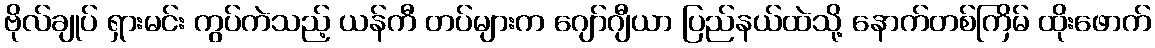
ဗိုလ်ချုပ် ရှားမင်း ကွပ်ကဲသည့် ယန်ကီ တပ်များက ဂျော်ဂျီယာ ပြည်နယ်ထဲသို့ နောက်တစ်ကြိမ် ထိုးဖောက်